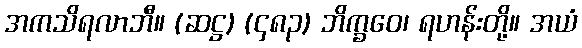
အကသိရလာဘီ။ (ဆဋ္ဌ) (၄၈၃) ဘိက္ခဝေ၊ ရဟန်းတို့။ အယံ